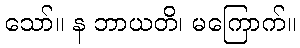
သော်။ န ဘာယတိ၊ မကြောက်။